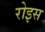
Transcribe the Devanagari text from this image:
रोइस